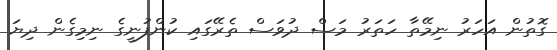
ގޮތުން އަހަރު ނިމޭތާ ހަތަރު މަސް ދުވަސް ތެރޭގައި ކުންފުނީގެ ނިމިގެން ދިޔަ